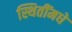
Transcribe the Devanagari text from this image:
स्थितींमधे